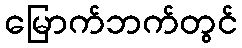
မြောက်ဘက်တွင်